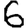
Digit: 6